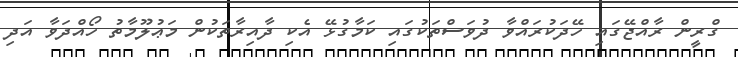
ގްރީން ރާއްޖޭގައި ހޭދަކުރައްވާ ދުވަސްތަކުގައި ކަމާގުޅޭ އެކި ދާއިރާތަކުން މަޢުލޫމާތު ހޯއްދަވާ އަދި